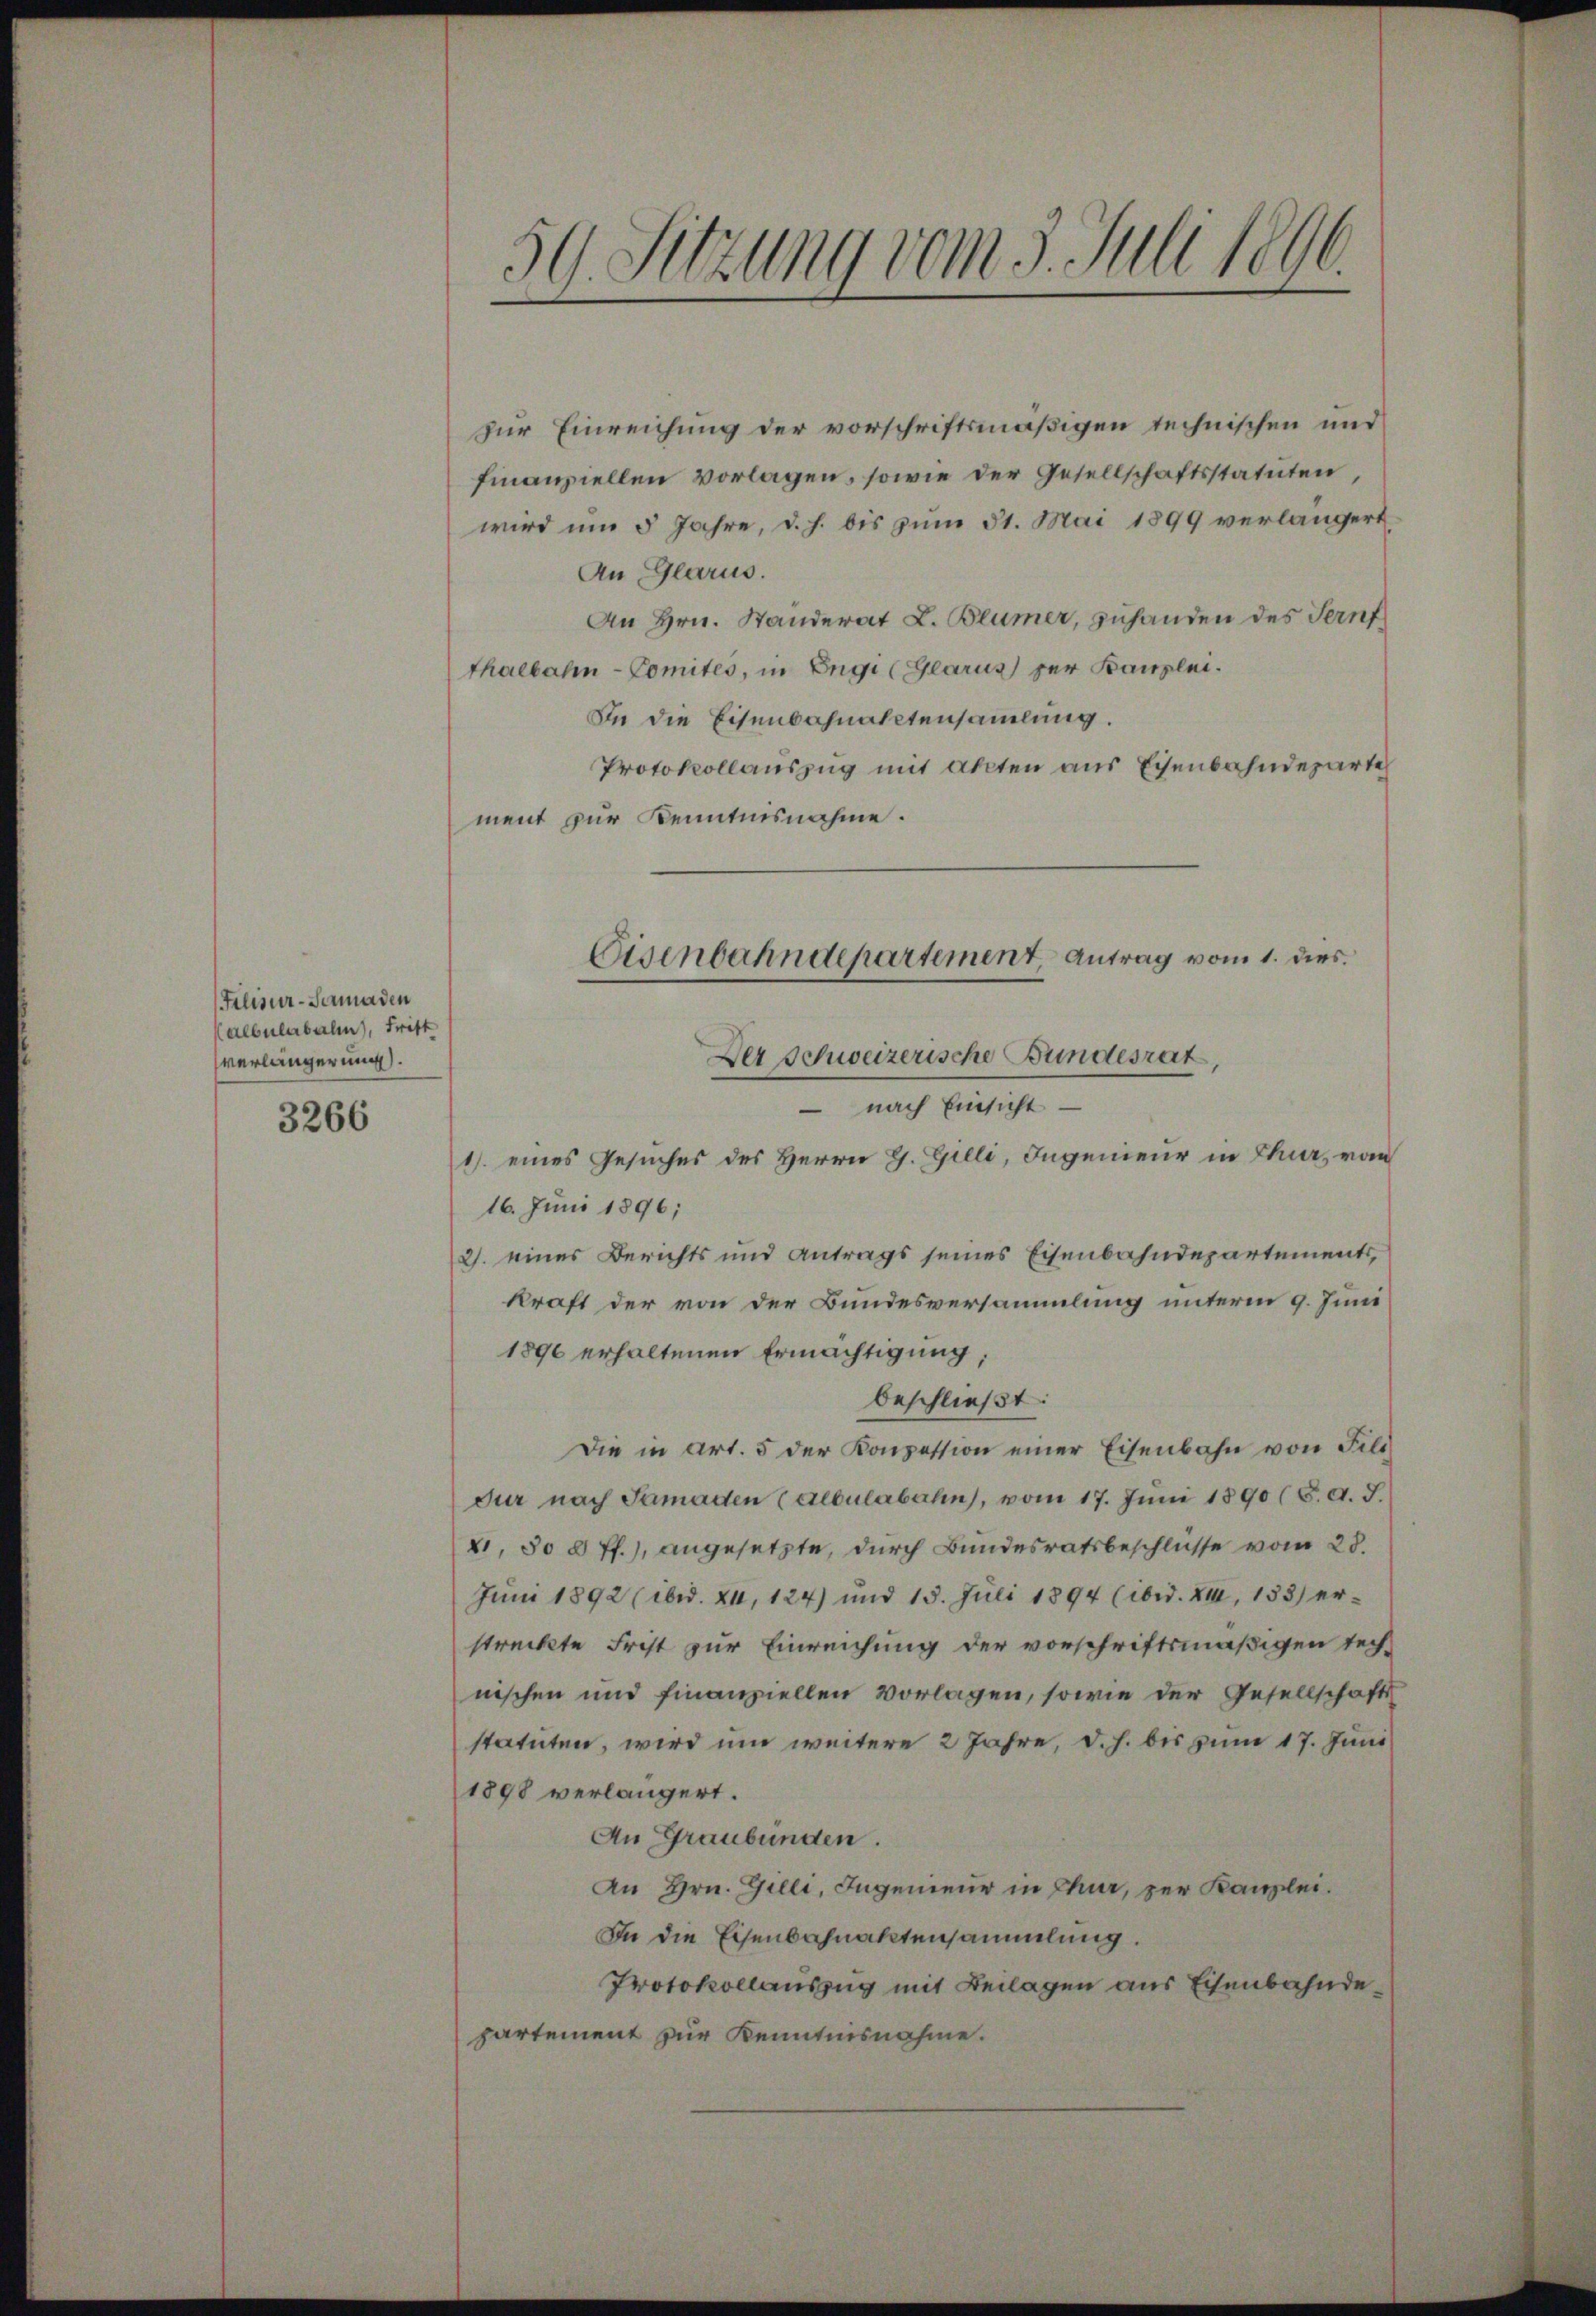
Filisir-Semaden
albulabalen), Fritt
verlängerung).
3266

zur Einreichung der vorschriftsmäßigen technischen und
finanziellen vorlagen, sowie der Gesellschaftsstatuten,
wird um 5 Jahre, d. h. bis zum 31. Mai 1899 verlängert
An Glarus.
An Hrn. Standerat L. Blümer, zuhanden des Ternf
Thalbahn-Comités, in Engi (Glarus zur Kanzlei.
In die Eisenbahnaktensamlung.
Protokollauszug mit akten aus Eisenbahndeparte
ment zur Kenntnisnahme.

59. Setzung vom 3. Juli 1896.

Eisenbahndepartement, Antrag vom 1. dies

Der Schweizerische Bundesrat
 nach Einsicht
1) eines Gesuches des Herrn G. Gilli, Ingenieur in Thur, von
16. Juni 1896;
2. eines Berichts und Antrags seines Eisenbahndepartements,
kraft der von der Bundesversammlung unterm 9. Juni
1896 erhaltenen Ermächtigung;
beschließt:
Die in Art. 5 der Konzession einer Eisenbahn von Feld
dur nach Samaden (albulabahn, vom 17. Juni 1890 (8. d. J.
X, 30 t ff.), angesetzte, durch Bundesratsbeschlüsse vom 28.
Juni 1892 (brd. XII, 124) und 15. Juli 1894 (brd. XII, 133) er-
streckte Frist zur Einreichung der vorschriftsmäßigen Technischen und finanziellen vorlagen, sowie der Gesellschafts
statuten, wird um weitere 2 Jahre, d. h. bis zum 17. Juni
1898 verlängert.
An Graubünden.
An Hrn. Gilli, Ingenieur in Chur, per Kanzlei.
In die Eisenbahnaktensammlung.
Protokollauszug mit Beilagen aus Eisenbahndepartement zur Kenntnisnahme.